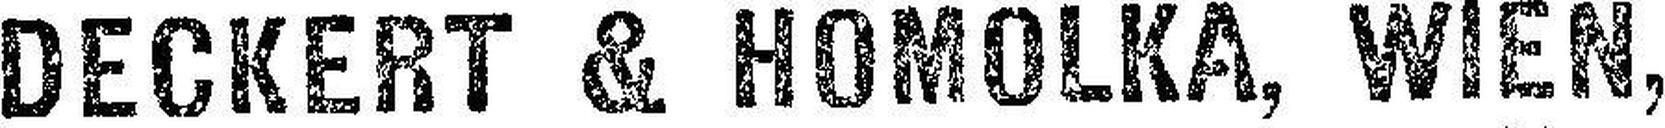
DECKERT & HOMOLKA, WIEN,